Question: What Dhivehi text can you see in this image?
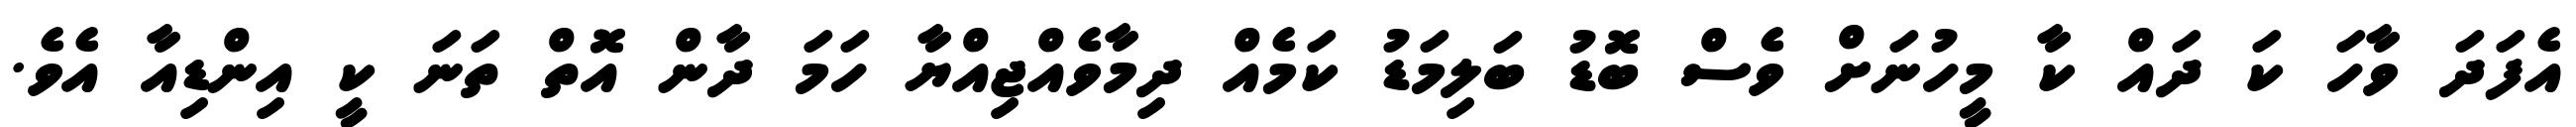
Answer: އެފަދަ ވާހަ ކަ ދައް ކާ މީހުނަށް ވެސް ބޮޑު ބަލިމަޑު ކަމެއް ދިމާވެއްޖިއްޔާ ހަމަ ދާން އޮތް ތަނަ ކީ އިންޑިއާ އެވެ.